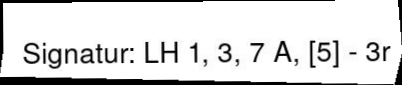
Signatur: LH 1, 3, 7 A, [5] - 3r